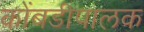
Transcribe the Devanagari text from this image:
कोंबडीपालक